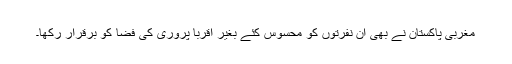
مغربی پاکستان نے بھی ان نفرتوں کو محسوس کئے بغیر اقربا پروری کی فضا کو برقرار رکھا۔